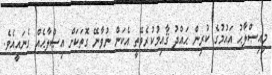
މިއިޞްލާޙު އައުމުގެ ކުރިން ޙައްދު ޤާއިމުކުރެވޭތީ އެކަން ނުވާނޭ ގޮތަކަށް އިޞްލާޙެއް ގެނައީއެވެ.